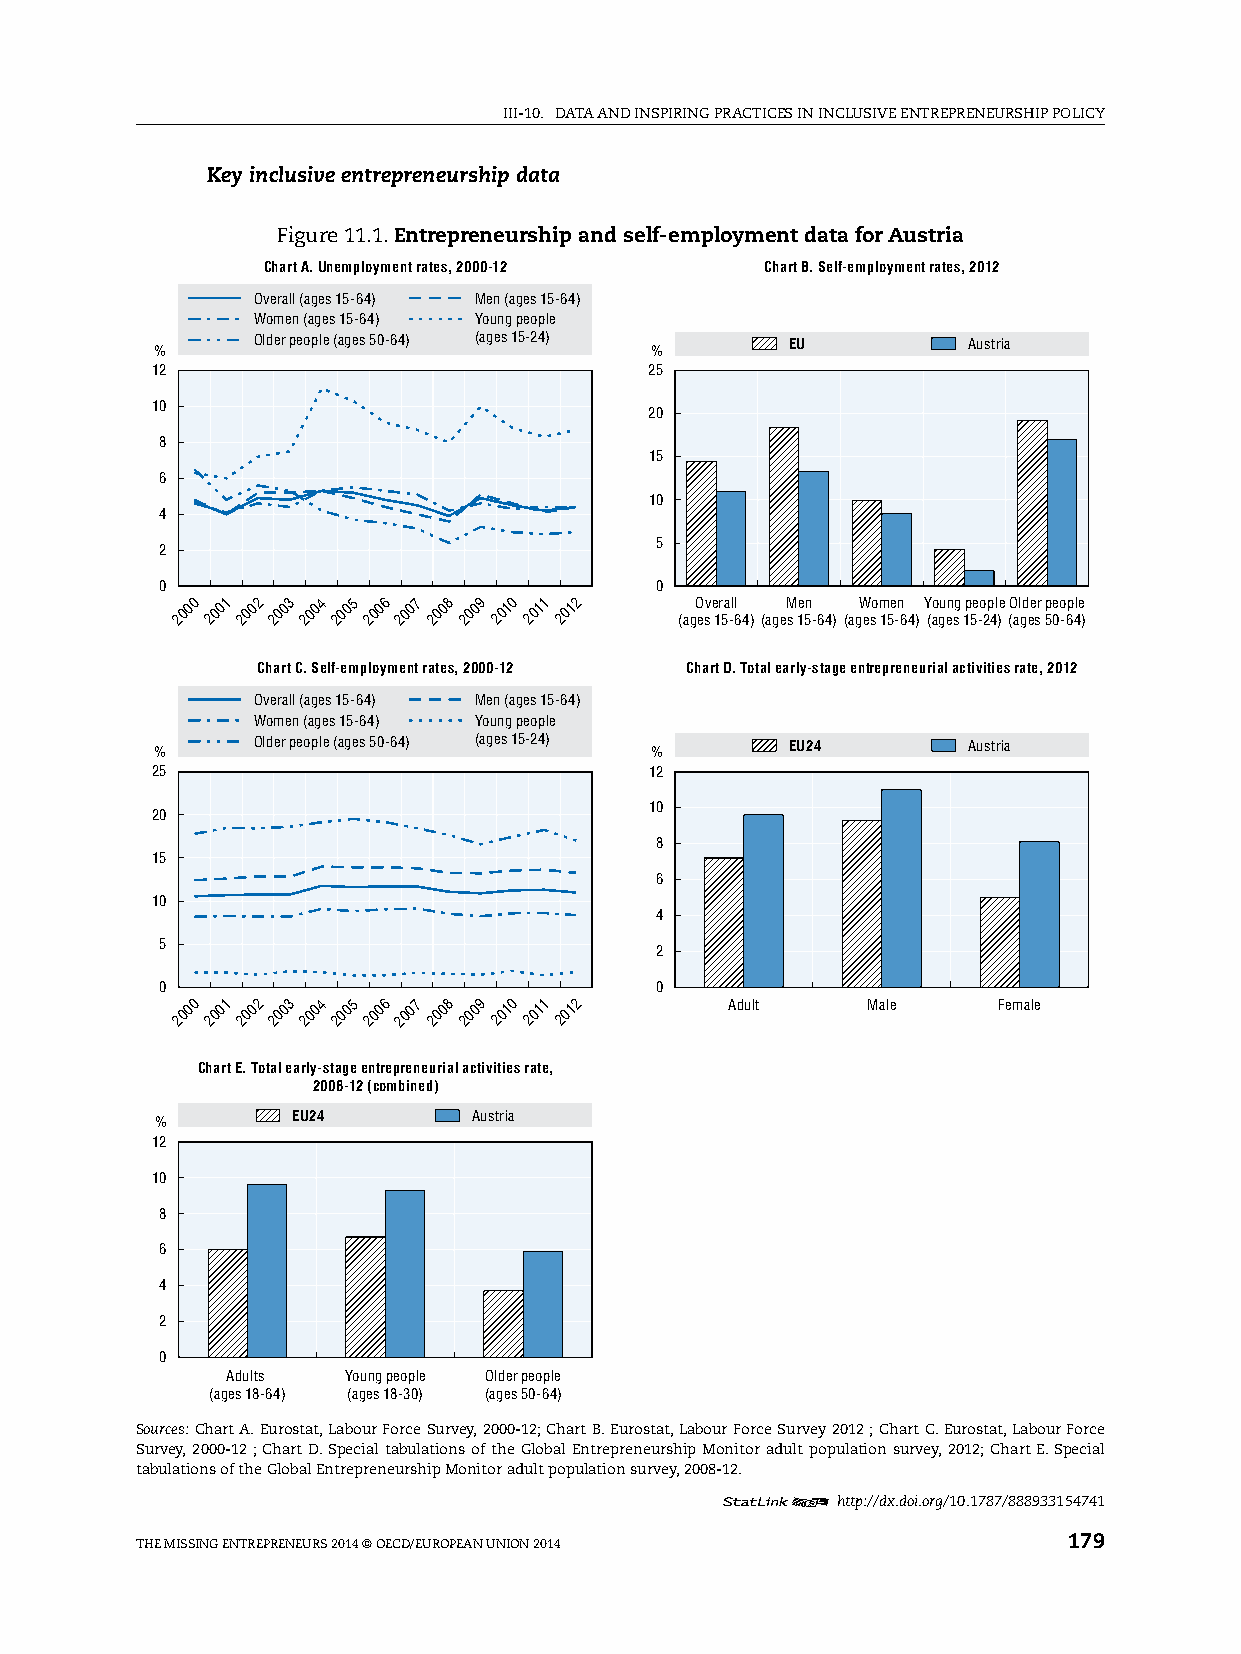
iii-10. DATA AnD inspiring prACTiCes in inClusive enTrepreneurship pOliCy
 Key inclusive entrepreneurship data
 Figure 11.1. Entrepreneurship and self-employment data for Austria
 Chart A. Unemployment rates, 2000-12 Chart B. Self-employment rates, 2012
 Overall (ages 15-64) Men (ages 15-64)
 Women (ages 15-64) Young people
 Older people (ages 50-64) (ages 15-24) EU      Austria
 %                                %
 12                               25
 10
 20
 8
 15
 6
 10
 4
 5
 2
 0                               0
 2000 2001 2002 2003 2004 2005 2006 2007 2008 2009 2010 2011 2012 (agO esv e 1r 5a -ll 64)(ageM
 s
 1e 5n
 -64)
 (agW eso m 15e -n 64)Y (ao gu en sg 1p 5e -o 2p 4l )e (O al gd ee sr 5p 0eo -6p 4le
 )
 Chart C. Self-employment rates, 2000-12 Chart D. Total early-stage entrepreneurial activities rate, 2012
 Overall (ages 15-64) Men (ages 15-64)
 Women (ages 15-64) Young people
 %      Older people (ages 50-64) (ages 15-24) % EU24  Austria
 25                               12
 10
 20
 8
 15
 6
 10
 4
 5
 2
 0                               0
 2000 2001 2002 2003 2004 2005 2006 2007 2008 2009 2010 2011 2012 Adult Male Female
 Chart E. Total early-stage entrepreneurial activities rate,
 2008-12 (combined)
 %        EU24        Austria
 12
 10
 8
 6
 4
 2
 0
 Adults  Young people Older people
 (ages 18-64) (ages 18-30) (ages 50-64)
 Sources: Chart A. eurostat, labour Force survey, 2000-12; Chart B. eurostat, labour Force survey 2012 ; Chart C. eurostat, labour Force
 survey, 2000-12 ; Chart D. special tabulations of the global entrepreneurship Monitor adult population survey, 2012; Chart e. special
 tabulations of the global entrepreneurship Monitor adult population survey, 2008-12.
 12     http://dx.doi.org/10.1787/888933154741
 The Missing enTrepreneurs 2014 © OeCD/eurOpeAn uniOn 2014     179